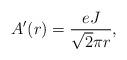
LaTeX: \begin{align*}A'(r) = \frac{e J}{\sqrt{2}\pi r}, \hspace{1 true cm}\end{align*}